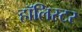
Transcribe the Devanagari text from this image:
हॉलिस्टर